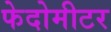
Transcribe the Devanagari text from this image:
फेदोमीटर